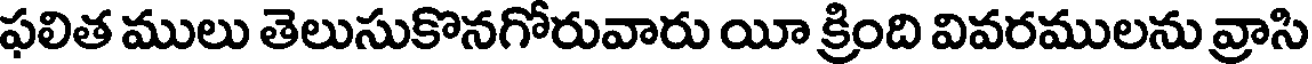
ఫలిత ములు తెలుసుకొనగోరువారు యీ క్రింది వివరములను వ్రాసి